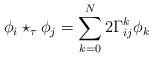
LaTeX: \begin{align*} \phi_i \star_\tau \phi_j = \sum_{k=0}^N 2 \Gamma_{ij}^k \phi_k \end{align*}